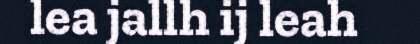
lea jallh ij leah